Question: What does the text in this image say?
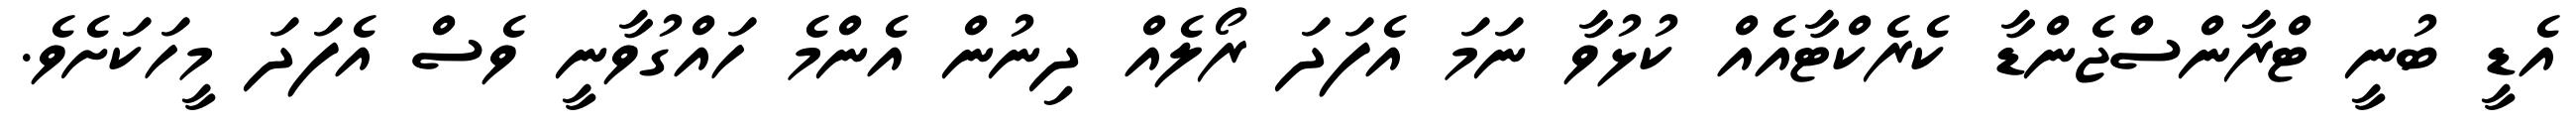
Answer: އެޑީ ބުނީ ޓްރާންސްޖެންޑާ ކެރެކްޓާއެއް ކުޅުވާ ނަމަ އެފަދަ ރޯލެއް ދިނުން އެންމެ ހައްގުވާނީ ވެސް އެފަދަ މީހަކަށެވެ.